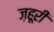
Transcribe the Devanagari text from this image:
ज़हूरी